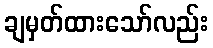
ချမှတ်ထားသော်လည်း